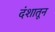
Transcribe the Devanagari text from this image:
दंशातून